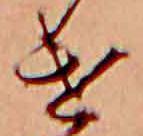
け